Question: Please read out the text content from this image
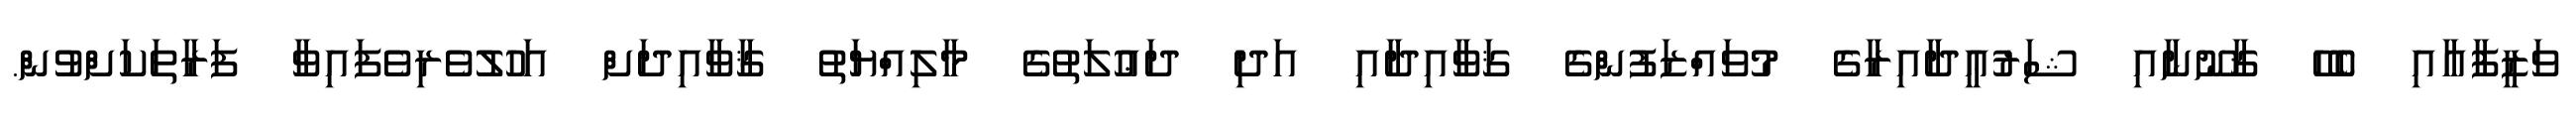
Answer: ވަޒީފާއާއި ބެހޭ ޤާނޫނާއި ޝަރުޢީދާއިރާގެ މުވައްޒަފުންގެ ޤަވާއިދާއި އަދި ދަޢުލަތުގެ މާލިއްޔަތު ޤާވާއިދަށް އަހުލުވެރިވެފައިވާ ފަރާތަކަށްވުން.